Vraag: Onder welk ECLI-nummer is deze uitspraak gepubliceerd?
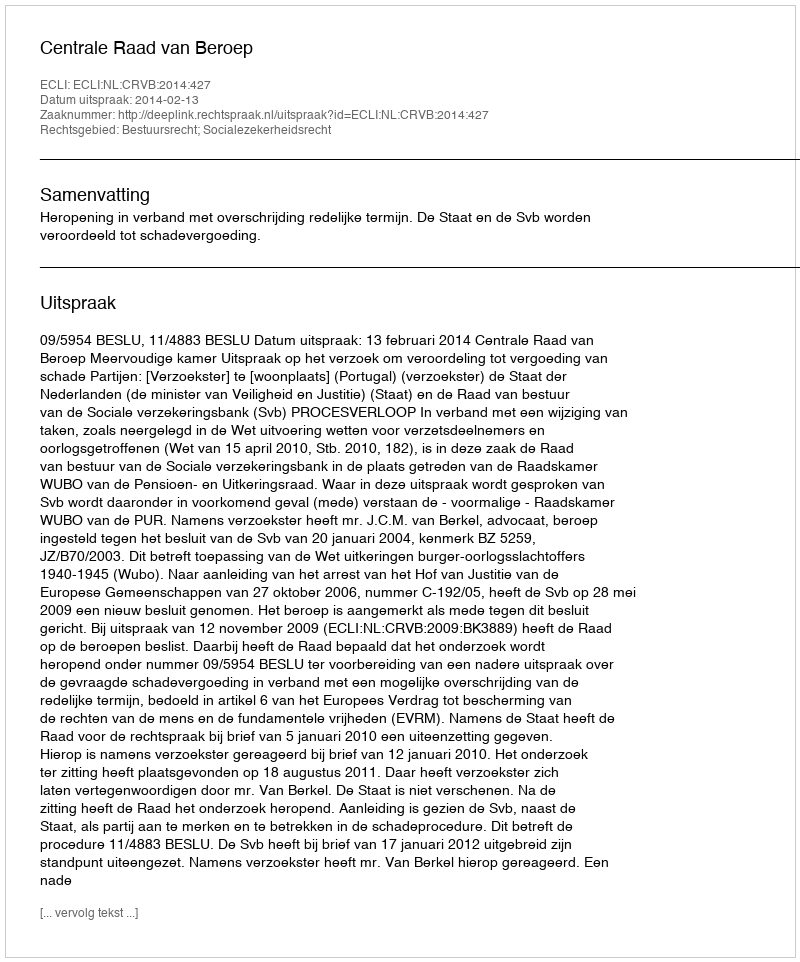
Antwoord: ECLI:NL:CRVB:2014:427